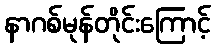
နာဂစ်မုန်တိုင်းကြောင့်